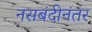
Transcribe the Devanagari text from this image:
नसबंदीनंतर